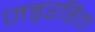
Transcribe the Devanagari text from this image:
जड़रहित